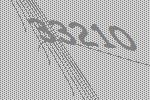
33210